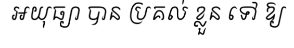
អយុធ្យា បាន ប្រគល់ ខ្លួន ទៅ ឱ្យ